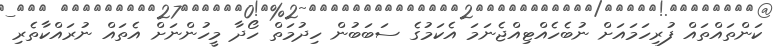
ކަންތައްތައް ފުރިހަމައަށް ނުބެހެއްޓިއްޖެނަމަ އެކަމުގެ ސަބަބުން ހިދުމަތް ހޯދާ މީހުންނަށް އެތައް ނުރައްކާތެރި